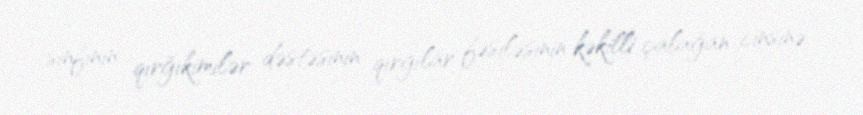
sinfinin qırğıkimilər dəstəsinin qırğılar fəsiləsinin kəkilli çalağan cinsinə